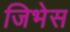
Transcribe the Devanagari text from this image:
जिभेस